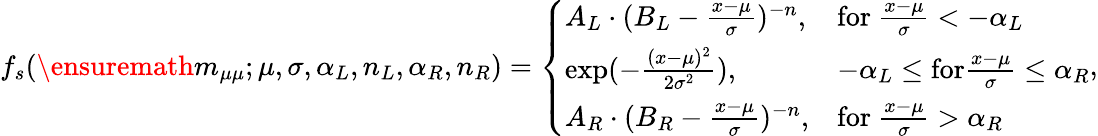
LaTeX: f_{s}(\ensuremath{m_{\mu\mu}};\mu,\sigma,\alpha_{L},n_{L},\alpha_{R},n_{R})=\left\{ \begin{array}{ll}{A_{L}\cdot(B_{L}-\frac{x-\mu}{\sigma})^{-n},}&{\mathrm{for~}\frac{x-\mu}{\sigma}<-\alpha_{L}}\\ {\exp(-\frac{(x-\mu)^{2}}{2\sigma^{2}}),}&{-\alpha_{L}\leq\mathrm{for}\frac{x-\mu}{\sigma}\leq\alpha_{R}}\\ {A_{R}\cdot(B_{R}-\frac{x-\mu}{\sigma})^{-n},}&{\mathrm{for~}\frac{x-\mu}{\sigma}>\alpha_{R}}\end{array}\right.,